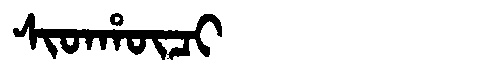
Manchu: ᠰᡳᡨᡥᡡᠴᡳ
Romanization: SITHŪCI